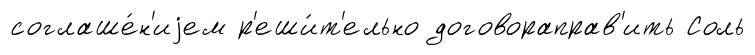
соглаше́н'иjем р'еши́т'ельно договораправ'ить Соль